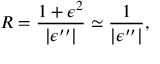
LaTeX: R = \frac { 1 + \epsilon ^ { 2 } } { | \epsilon ^ { \prime \prime } | } \simeq \frac { 1 } { | \epsilon ^ { \prime \prime } | } ,